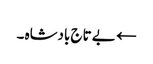
← بے تاج بادشاہ ۔